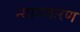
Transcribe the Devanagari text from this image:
न्यायकरण